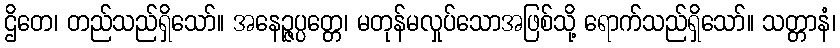
ဌိတေ၊ တည်သည်ရှိသော်။ အနေဉ္ဇပ္ပတ္တေ၊ မတုန်မလှုပ်သောအဖြစ်သို့ ရောက်သည်ရှိသော်။ သတ္တာနံ၊